Vaccination Hyderabad 1890-1903 - 1890-1903
Year: 1890
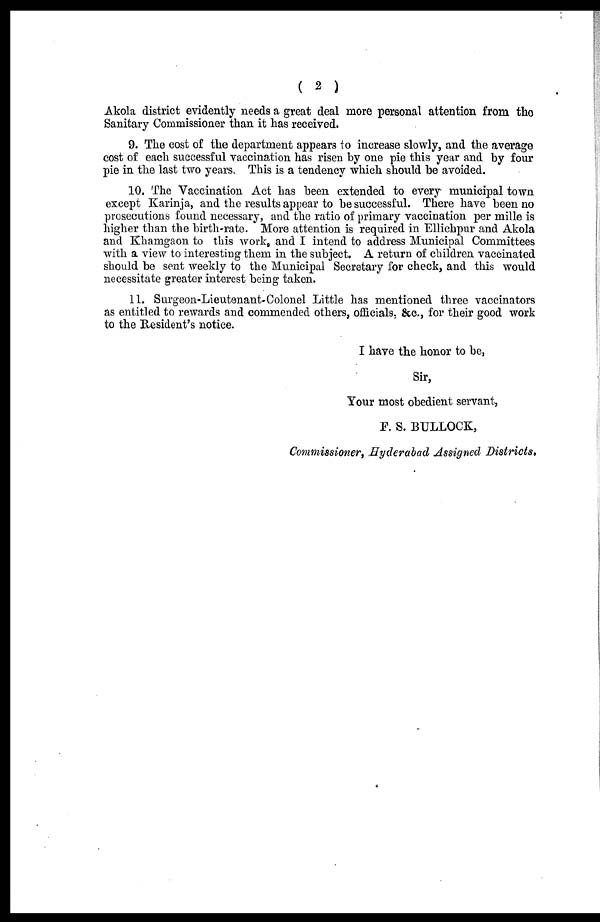
( 2 )
Akola district evidently needs a great deal more personal attention from the
Sanitary Commissioner than it has received.
9. The cost of the department appears to increase slowly, and the average
cost of each successful vaccination has risen by one pie this year and by four
pie in the last two years. This is a tendency which should be avoided.
10. The Vaccination Act has been extended to every municipal town
except Karinja, and the results appear to be successful. There have been no
prosecutions found necessary, and the ratio of primary vaccination per mille is
higher than the birth-rate. More attention is required in Ellichpur and Akola
and Khamgaon to this work, and I intend to address Municipal Committees
with a view to interesting them in the subject. A return of children vaccinated
should be sent weekly to the Municipal Secretary for check, and this would
necessitate greater interest being taken.
11. Surgeon-Lieutenant-Colonel Little has mentioned three vaccinators
as entitled to rewards and commended others, officials, &c., for their good work
to the Resident's notice.
I have the honor to be,
Sir,
Your most obedient servant,
F. S. BULLOCK,
Commissioner, Hyderabad Assigned Districts.